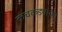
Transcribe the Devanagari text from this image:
कचकड्याच्या